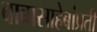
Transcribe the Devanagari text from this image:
बाबासाहेबांप्रती